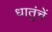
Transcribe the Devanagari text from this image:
धातुंचें